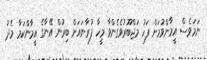
ނަމަވެސް އީމާންވުމަށް ފަހު މަޖްބޫރުވެގެންވާ މީހާ ފުރާނައަށް ބިރުން އޭނާގެ އީމާންކަމާ މެދު